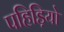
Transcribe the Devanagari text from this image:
पहिड़ियो